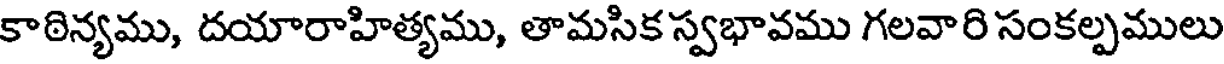
కాఠిన్యము, దయారాహిత్యము, తామసిక స్వభావము గలవారి సంకల్పములు